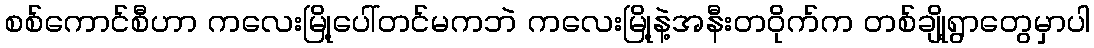
စစ်ကောင်စီဟာ ကလေးမြို့ပေါ်တင်မကဘဲ ကလေးမြို့နဲ့အနီးတဝိုက်က တစ်ချို့ရွာတွေမှာပါ